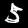
Digit: 5